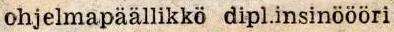
ohjelmapäällikkö dipl.insinööri